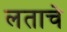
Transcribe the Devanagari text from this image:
लताचे